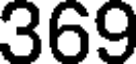
369